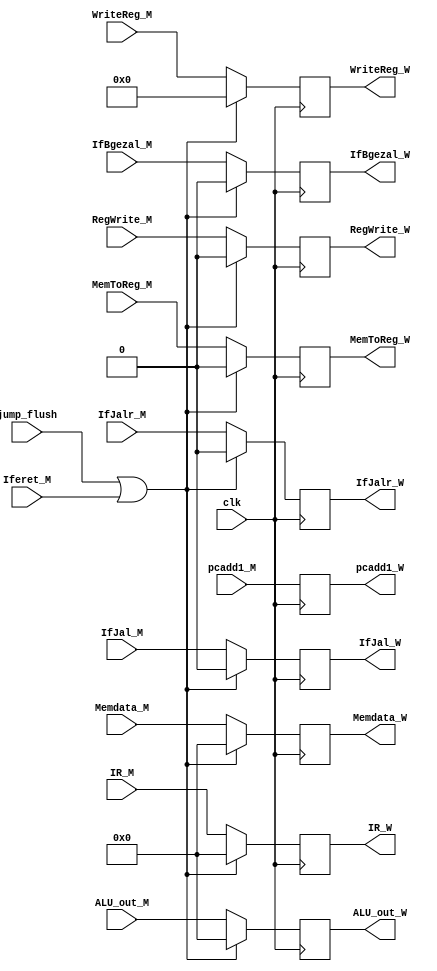
`timescale 1ns / 1ps
//////////////////////////////////////////////////////////////////////////////////
// Company: 
// Engineer: 
// 
// Design Name: 
// Module Name:    WREG 
// Project Name: 
// Target Devices: 
// Tool versions: 
// Description: 
//
// Dependencies: 
//
// Revision: 
// Revision 0.01 - File Created
// Additional Comments: 
//
//////////////////////////////////////////////////////////////////////////////////
module WREG(clk,IR_M,pcadd1_M,IR_W,pcadd1_W,ALU_out_M,ALU_out_W,Memdata_M,Memdata_W,WriteReg_M,WriteReg_W,jump_flush,Iferet_M,
					RegWrite_M,MemToReg_M,IfJal_M,IfBgezal_M,IfJalr_M,
					RegWrite_W,MemToReg_W,IfJal_W,IfBgezal_W,IfJalr_W);
	input clk;
	input RegWrite_M,MemToReg_M,IfJal_M,IfBgezal_M,IfJalr_M,jump_flush,Iferet_M;
	output reg RegWrite_W,MemToReg_W,IfJal_W,IfBgezal_W,IfJalr_W;
	input [31:0] IR_M,ALU_out_M,Memdata_M;
	output reg [31:0] IR_W,ALU_out_W,Memdata_W;
	input [31:0] pcadd1_M;
	output reg [31:0] pcadd1_W;
	input [4:0] WriteReg_M;
	output reg [4:0] WriteReg_W;
	initial
		begin
			IR_W=0;
			pcadd1_W=0;
			ALU_out_W=0;
			WriteReg_W=0;
			MemToReg_W=0;
			RegWrite_W=0;
			IfJal_W=0;
			Memdata_W=0;
			IfBgezal_W=0;
			IfJalr_W=0;
		end
		
	always @(posedge clk)
		begin
		if(jump_flush|Iferet_M)
		begin
			IR_W=0;
			//pcadd1_W=0;
			ALU_out_W=0;
			WriteReg_W=0;
			MemToReg_W=0;
			RegWrite_W=0;
			IfJal_W=0;
			Memdata_W=0;
			IfBgezal_W=0;
			IfJalr_W=0;
		end
		
		else
		begin
			IR_W=IR_M;
			
			ALU_out_W=ALU_out_M;
			WriteReg_W=WriteReg_M;
			MemToReg_W=MemToReg_M;
			RegWrite_W=RegWrite_M;
			IfJal_W=IfJal_M;
			Memdata_W=Memdata_M;
			IfBgezal_W=IfBgezal_M;
			IfJalr_W=IfJalr_M;
		end
		pcadd1_W=pcadd1_M;
		end
endmodule